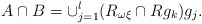
\begin{align*} A\cap B={\large \cup }_{j=1}^{l}(R_{\omega\xi }\cap Rg_{k})g_{j}.\end{align*}